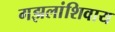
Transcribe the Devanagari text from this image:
गझलांशिवाय